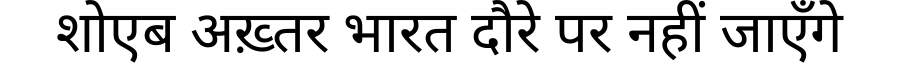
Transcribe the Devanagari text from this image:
शोएब अख़्तर भारत दौरे पर नहीं जाएँगे